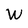
Character: W